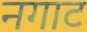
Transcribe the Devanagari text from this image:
नगाट